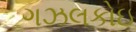
ગઝલકોઇ